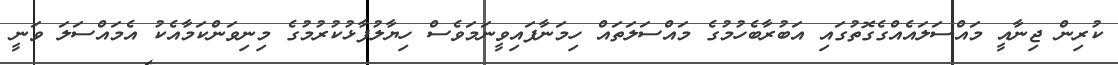
ކުރިން ޖިނާއީ މައްސަލައެއްގެގޮތުގައި އަބުރާބެހުމުގެ މައްސަލަތައް ހިމަނާފައިވީނަމަވެސް ހިޔާލުފާޅުކުރުމުގެ މިނިވަންކަމާއެކު އެމައްސަލަ ވަނީ